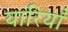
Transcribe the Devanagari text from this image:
यारियाँ